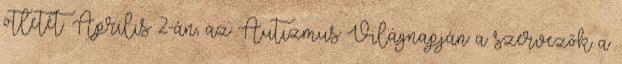
ötletét. Április 2-án, az Autizmus Világnapján a szervezők a